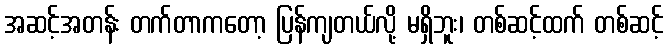
အဆင့်အတန်း တက်တာကတော့ ပြန်ကျတယ်လို့ မရှိဘူး၊ တစ်ဆင့်ထက် တစ်ဆင့်